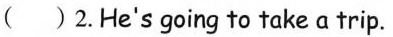
( ) 2.He's going to take a trip.